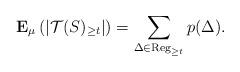
LaTeX: \begin{align*} {\bf E}_\mu\left(\left|{\mathcal T}(S)_{\geq t}\right|\right)= \sum_{\Delta\in {\rm Reg}_{\geq t}} p(\Delta).\end{align*}